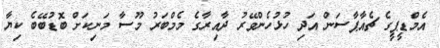
އެމްޑީޕީގެ ޗެއާޕާސަން އަދި ހުޅުހެންވޭރު ދާއިރާގެ މެމްބަރު މޫސާ މަނިކަށް ބޮޑުބޭބެ ކިޔާ